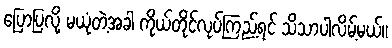
ပြောပြလို့ မယုံတဲ့အခါ ကိုယ်တိုင်လုပ်ကြည့်ရင် သိသာပါလိမ့်မယ်။